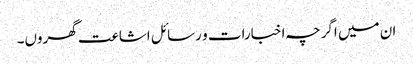
ان میں اگرچہ اخبارات و رسائل اشاعت گھروں۔